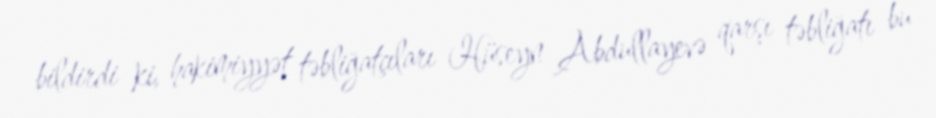
bildirdi ki, hakimiyyət təbliğatçıları Hüseyn Abdullayevə qarşı təbliğatı bu